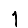
Digit: 1